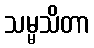
သမ္မသိတာ